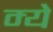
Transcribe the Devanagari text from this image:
म्ये